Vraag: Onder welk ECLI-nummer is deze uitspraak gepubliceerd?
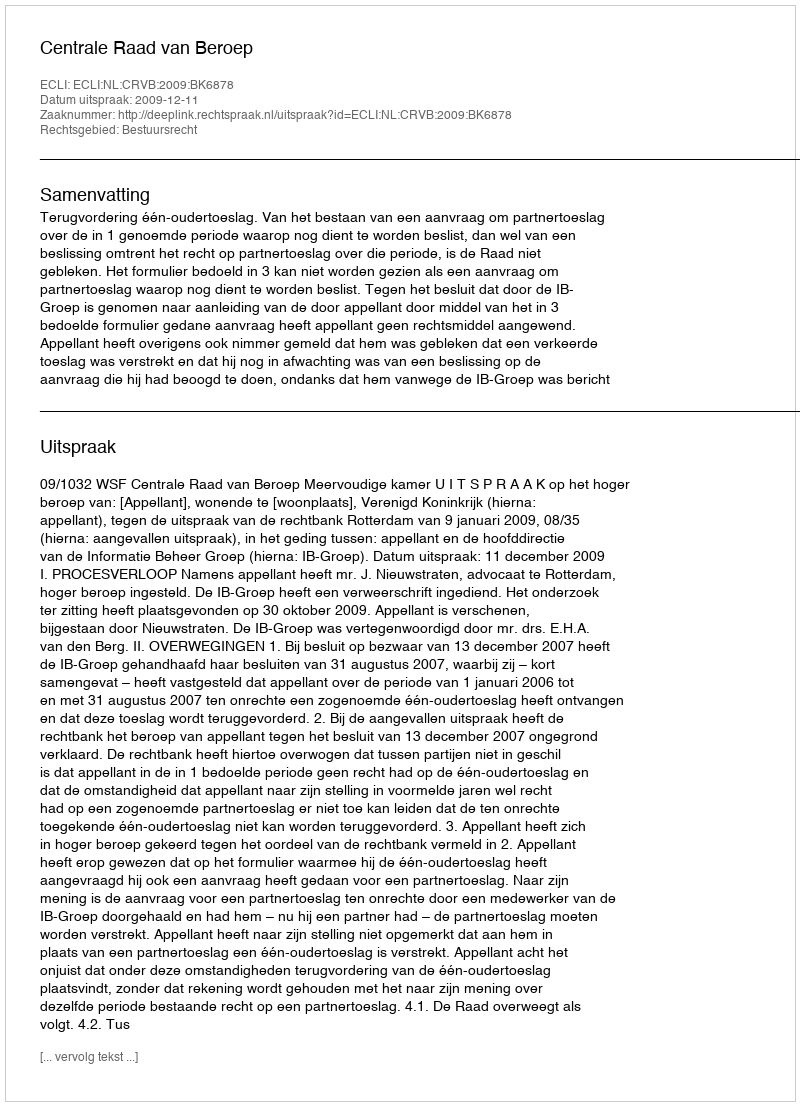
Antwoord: ECLI:NL:CRVB:2009:BK6878